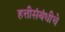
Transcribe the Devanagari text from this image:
हत्तीसंबंधीचे